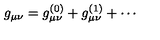
g _ { \mu \nu } = g _ { \mu \nu } ^ { ( 0 ) } + g _ { \mu \nu } ^ { ( 1 ) } + \cdots